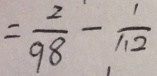
= \frac { 2 } { 9 8 } - \frac { 1 } { 1 1 2 }